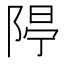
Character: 𨺐